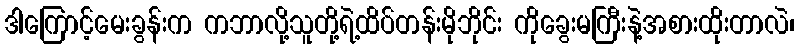
ဒါကြောင့်မေးခွန်းက ကဘာလို့သူတို့ရဲ့ထိပ်တန်းမိုဘိုင်း ကိုခွေးမကြီးနဲ့အစားထိုးတာလဲ၊